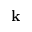
{ \bf k }